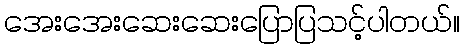
အေးအေးဆေးဆေးပြောပြသင့်ပါတယ်။